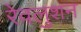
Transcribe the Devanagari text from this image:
रेवलुशन